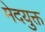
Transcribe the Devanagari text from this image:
मेदयुक्त